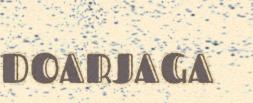
DOARJAGA